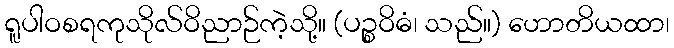
ရူပါဝစရကုသိုလ်ဝိညာဉ်ကဲ့သို့။ (ပဉ္စဝိဓံ၊ သည်။) ဟောတိယထာ၊